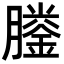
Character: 𦡎